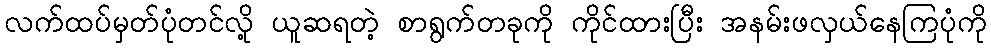
လက်ထပ်မှတ်ပုံတင်လို့ ယူဆရတဲ့ စာရွက်တခုကို ကိုင်ထားပြီး အနမ်းဖလှယ်နေကြပုံကို